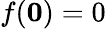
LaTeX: f({\mathbf 0})=0